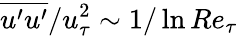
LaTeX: \overline{{u^{\prime}u^{\prime}}}/u_{\tau}^{2}\sim 1/\ln Re_{\tau}